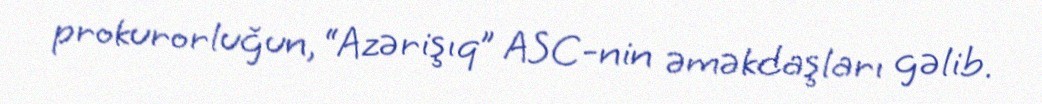
prokurorluğun, “Azərişıq” ASC-nin əməkdaşları gəlib.